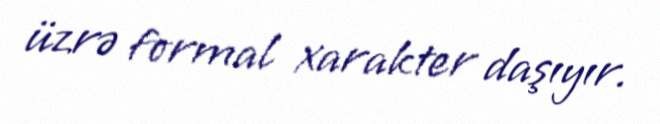
üzrə formal xarakter daşıyır.